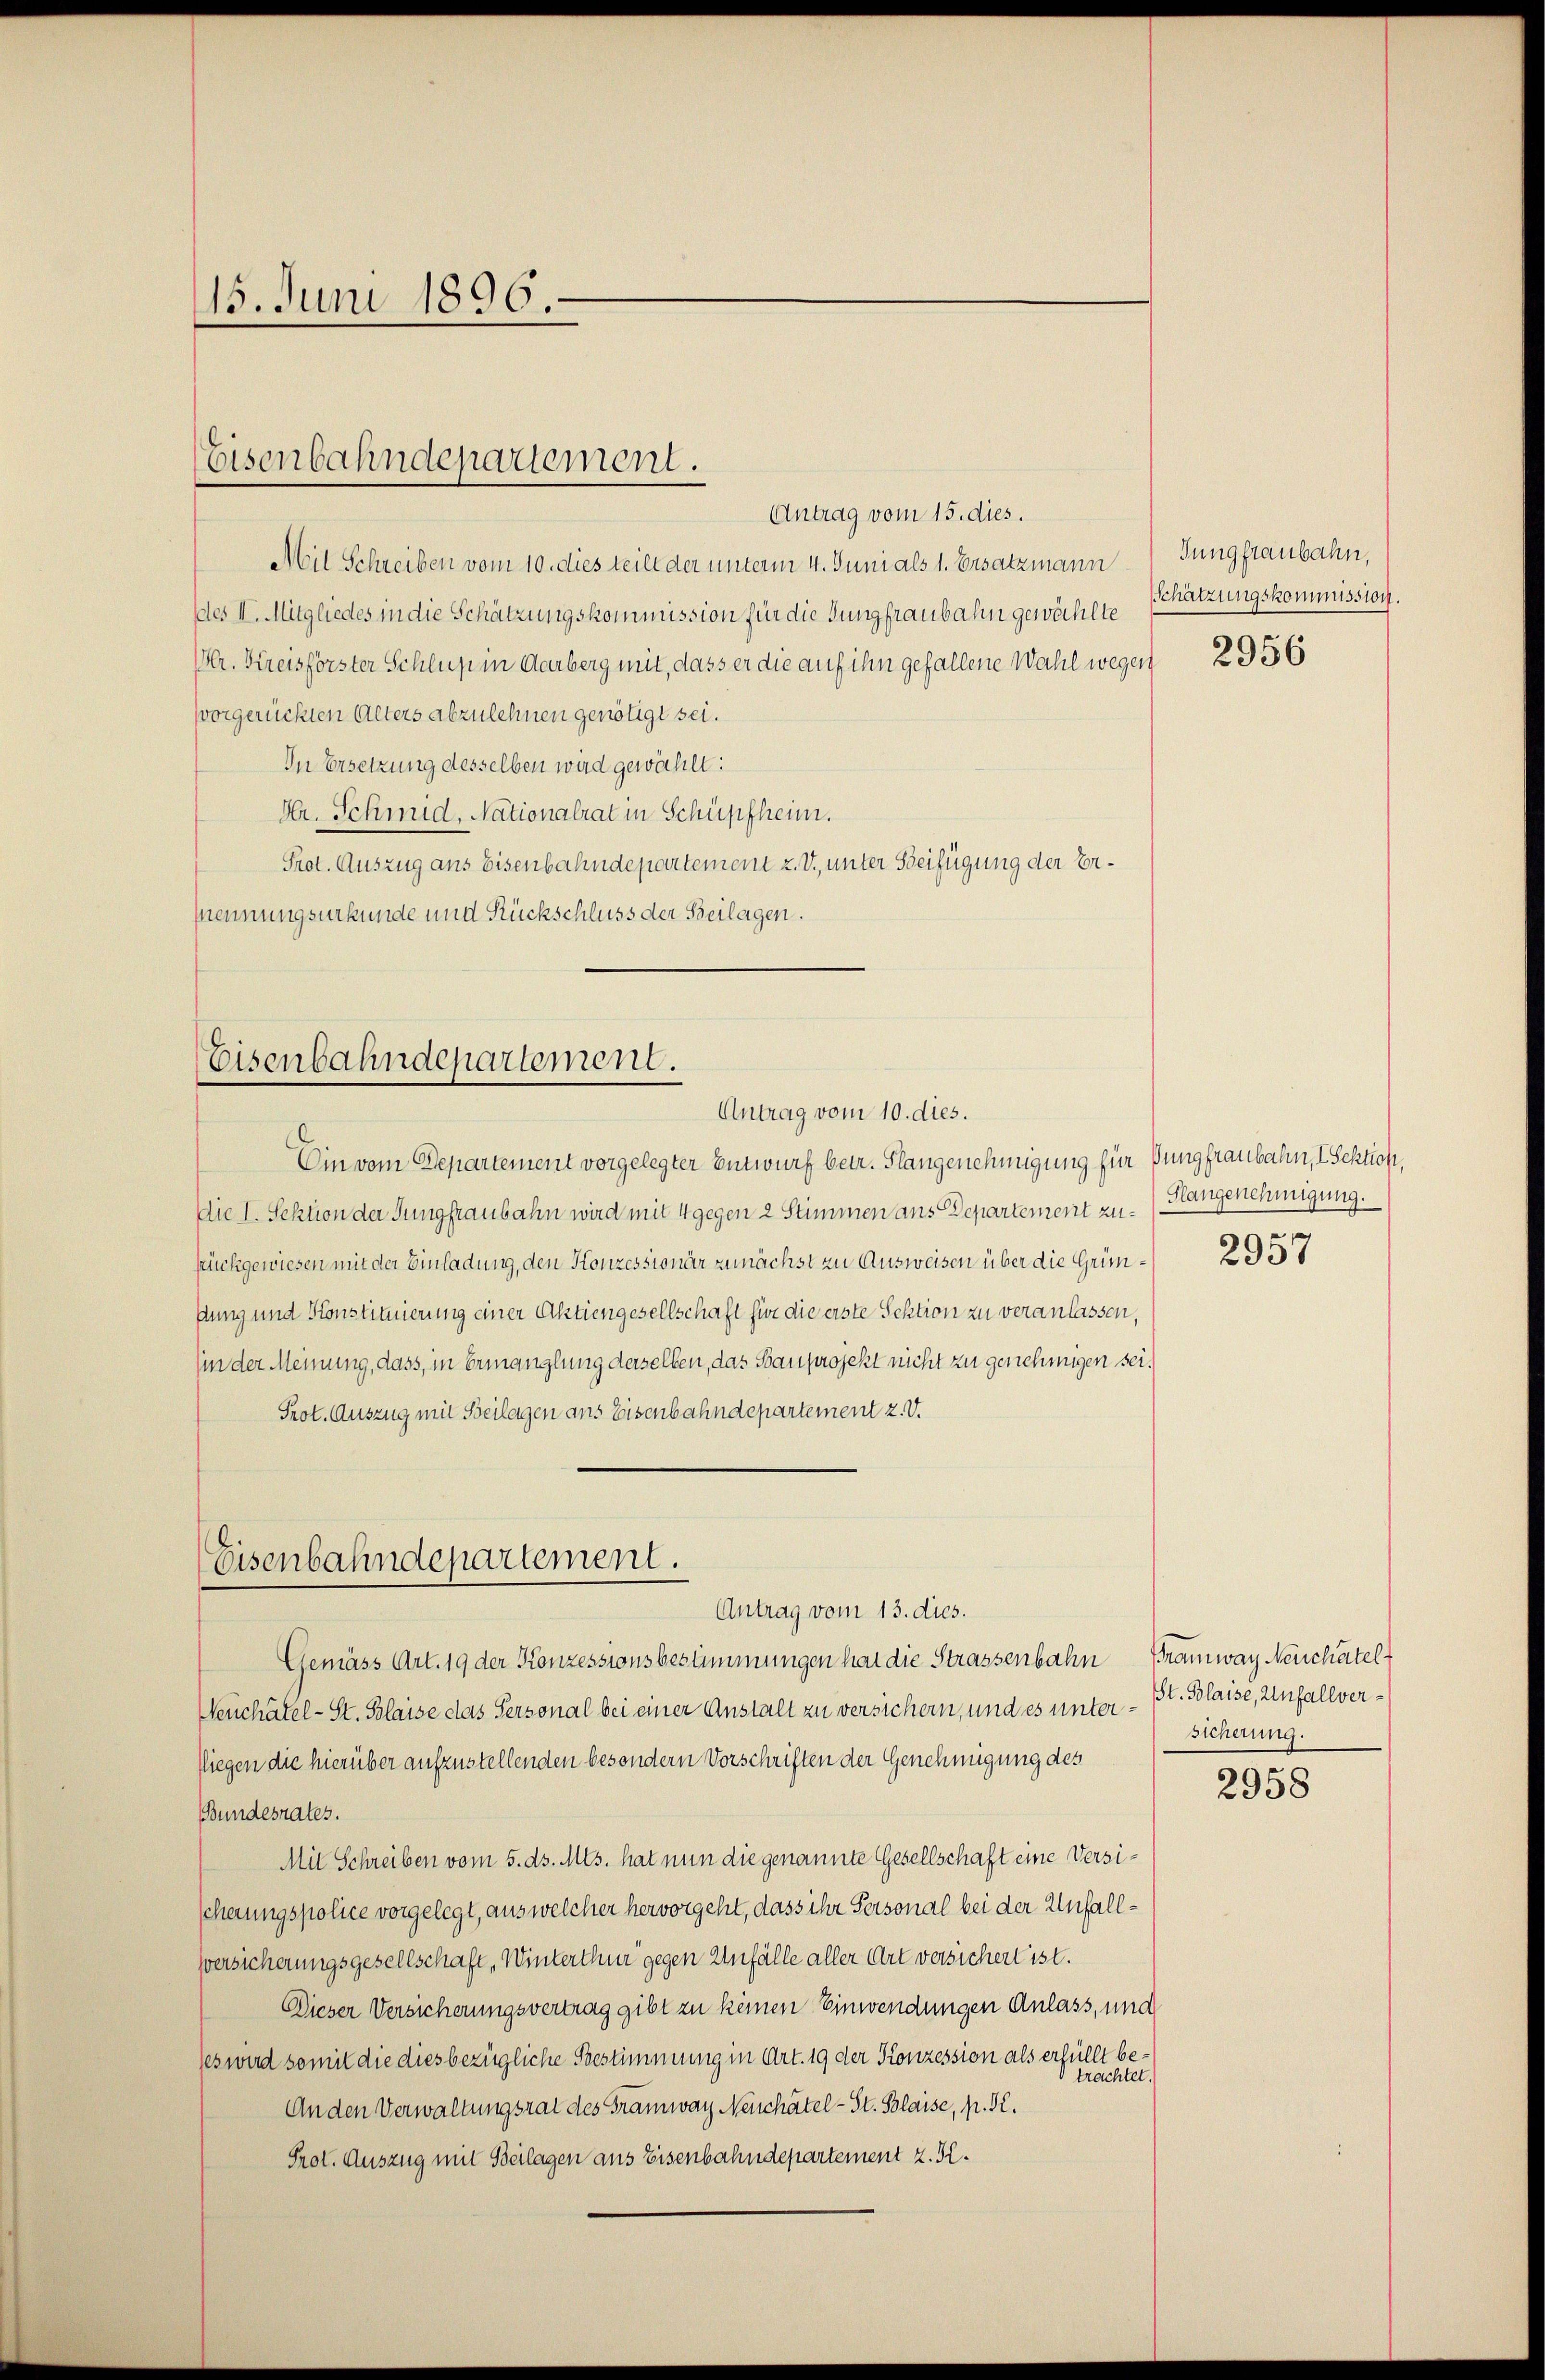
15. Juni 1896.

Antrag vom 15. dies.
Mil Schreiben vom 10. dies teilt der unterm 4. Juni als 1. Ersatzmann
des II. Mitgliedes in die Schätzungskommission für die Jungfraubahn gewählte
Ver. Kreisförster Schluß in Aarberg mit, dass er die auf ihn gefallene Wahl wegen
svorgerückten Alters abzulehnen genötigt sei.
In Ersetzung desselben wird gewählt:
Hr. Schmid, Nationalrat in Schüpfheim.
Prot. Auszug ans Eisenbahndepartement z. V., unter Beifügung der Er¬
Mennungsurkunde und Rückschluss der Beilagen.

Eisenbahndepartement.

Eisenbahndepartement.
Antrag vom 10. dies.

Ein vom Departement vorgelegter Entwurf betr. Flangenehmigung für Jungfraubahn, 1 Schlich.
Die I. Sektion der Jungfraubahn wird mit 4 gegen 2 Stimmen ans Departement zu¬
Rückgewiesen mit der Einladung, den Konzessionär zunächst zu Ausweisen über die Grimdung und Konstituierung einer Aktiengesellschaft für die erste Sektion zu veranlassen,
(in der Meinung, dass, in Ermanglung derselben, das Sauprojekt nicht zu genehmigen sei.
Prot. Auszug mit Beilagen ans Eisenbahndepartement 2. V.
Eisenbahndepartement.

Antrag vom 13. dies.
Gemäss Art. 19 der Konzessionsbestimmungen hat die Strassenbahn Tramway Neuchatel

Jungfraubahn,
Schätzungskommission.

Neuchätel- St. Polaise das Personal bei einer Anstalt zu versichern, und es unter¬
Riegen die hierüber aufzustellenden besondern Vorschriften der Genehmigung des
Bundesrates.
Mit Schreiben vom 5. ds. Mts. hat nun die genannte Gesellschaft eine Versischerungspolice vorgelegt, aus welcher hervorgeht, dass ihr Personal bei der Unfall¬
Versicherungsgesellschaft, Winterthur gegen Unfälle aller Art versichert ist.
Dieser Versicherungsvertrag gibt zu keinen Einwendungen Anlass, und
ses wird somit die dies bezügliche Bestimmung in Art. 19 der Konzession als erfüllt betrachtet.
An den Verwaltungsrat des Tramway Neuchâtel-St. Blaise, p. T.
Prot. Auszug mit Beilagen aus Eisenbahndepartement z. H.

2956

Slangenehmigung.

2957

St. Blaise, Unfallversicherung.

2958